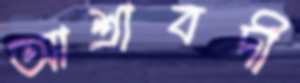
আশ্রাবদী